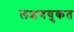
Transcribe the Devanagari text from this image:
लक्षणयुकत